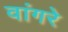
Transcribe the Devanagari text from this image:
वांगरे